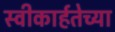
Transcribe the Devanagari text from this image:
स्वीकार्हतेच्या